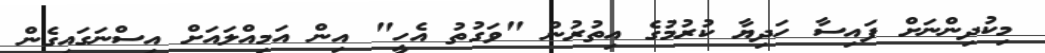
މިކުދިންނަށް ފައިސާ ހަދިޔާ ކުރުމުގެ އިތުރުން "ވަގުތު އެހީ" އިން އަމިއްލައަށް އިސްނަގައިގެން